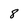
Character: 8